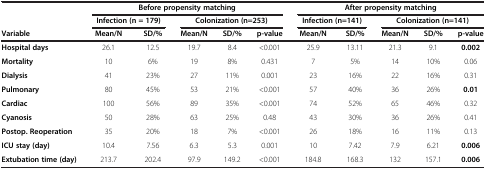
<table><thead><tr><td><b> </b></td><td colspan="5"><b>Before propensity matching</b></td><td colspan="5"><b>After propensity matching</b></td></tr><tr><td><b> </b></td><td colspan="2"><b>Infection (n = 179)</b></td><td colspan="3"><b>Colonization (n=253)</b></td><td colspan="2"><b>Infection (n=141)</b></td><td colspan="3"><b>Colonization (n=141)</b></td></tr><tr><td><b>Variable</b></td><td><b>Mean/N</b></td><td><b>SD/%</b></td><td><b>Mean/N</b></td><td><b>SD/%</b></td><td><b>p-value</b></td><td><b>Mean/N</b></td><td><b>SD/%</b></td><td><b>Mean/N</b></td><td><b>SD/%</b></td><td><b>p-value</b></td></tr></thead><tbody><tr><td><b>Hospital days</b></td><td>26.1</td><td>12.5</td><td>19.7</td><td>8.4</td><td>&lt;0.001</td><td>25.9</td><td>13.11</td><td>21.3</td><td>9.1</td><td><b>0.002</b></td></tr><tr><td><b>Mortality</b></td><td>10</td><td>6%</td><td>19</td><td>8%</td><td>0.431</td><td>7</td><td>5%</td><td>14</td><td>10%</td><td>0.06</td></tr><tr><td><b>Dialysis</b></td><td>41</td><td>23%</td><td>27</td><td>11%</td><td>0.001</td><td>23</td><td>16%</td><td>22</td><td>16%</td><td>0.31</td></tr><tr><td><b>Pulmonary</b></td><td>80</td><td>45%</td><td>53</td><td>21%</td><td>&lt;0.001</td><td>57</td><td>40%</td><td>36</td><td>26%</td><td><b>0.01</b></td></tr><tr><td><b>Cardiac</b></td><td>100</td><td>56%</td><td>89</td><td>35%</td><td>&lt;0.001</td><td>74</td><td>52%</td><td>65</td><td>46%</td><td>0.32</td></tr><tr><td><b>Cyanosis</b></td><td>50</td><td>28%</td><td>63</td><td>25%</td><td>0.48</td><td>43</td><td>30%</td><td>36</td><td>26%</td><td>0.41</td></tr><tr><td><b>Postop. Reoperation</b></td><td>35</td><td>20%</td><td>18</td><td>7%</td><td>&lt;0.001</td><td>26</td><td>18%</td><td>16</td><td>11%</td><td>0.13</td></tr><tr><td><b>ICU stay (day)</b></td><td>10.4</td><td>7.56</td><td>6.3</td><td>5.3</td><td>0.001</td><td>10</td><td>7.42</td><td>7.9</td><td>6.21</td><td><b>0.006</b></td></tr><tr><td><b>Extubation time (day)</b></td><td>213.7</td><td>202.4</td><td>97.9</td><td>149.2</td><td>&lt;0.001</td><td>184.8</td><td>168.3</td><td>132</td><td>157.1</td><td><b>0.006</b></td></tr></tbody></table>